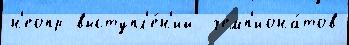
н'еопр выступл'е́н'ий  чемп'иона́тов